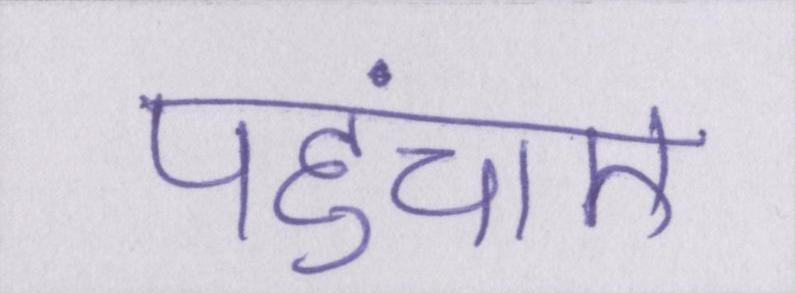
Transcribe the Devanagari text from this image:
पहुंचाए